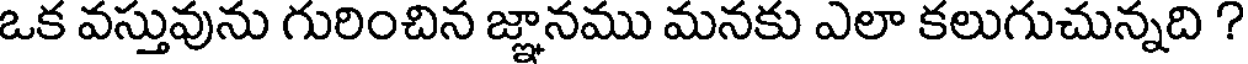
ఒక వస్తువును గురించిన జ్ఞానము మనకు ఎలా కలుగుచున్నది ?